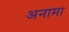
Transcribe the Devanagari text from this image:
अनामा